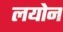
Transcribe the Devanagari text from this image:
लयोन